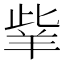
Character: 𦍧